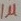
Text: 1µ